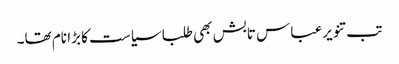
تب تنویرعباس تابش بھی طلبا سیاست کا بڑا نام تھا۔